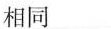
相同